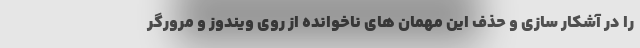
را در آشکار سازی و حذف این مهمان های ناخوانده از روی ویندوز و مرورگر